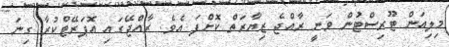
މިލިއަން ޓޫރިސްޓުން ވަނީ ރާއްޖެ ޒިޔާރަތް ކޮށްފަ އެވެ. ރާއްޖޭގައި އޮޕަރޭޓްކުރާ ގިނަ